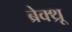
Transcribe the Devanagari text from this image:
ब्रेक्थ्रू